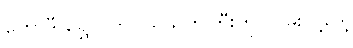
ဟောဒီ ရွှေပွဲလာ ပရိသတ်ကြီးကို လွမ်းလို့ဒေါ့